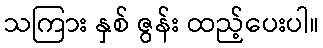
သကြား နှစ် ဇွန်း ထည့်ပေးပါ။